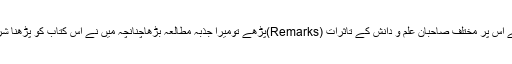
بہرنوع میں نے اسی روز کتاب کو دیکھنا شروع کیا جیسے ہی میں نے اس پر مختلف صاحبان علم و دانش کے تاثرات (Remarks)پڑھے تومیرا جذبہ مطالعہ بڑھاچنانچہ میں نے اس کتاب کو پڑھنا شرو ع کیاتو پڑھتاہی چلاگیا حتیٰ کہ چند دنوں میں ساری کتاب پڑھ ڈالی۔